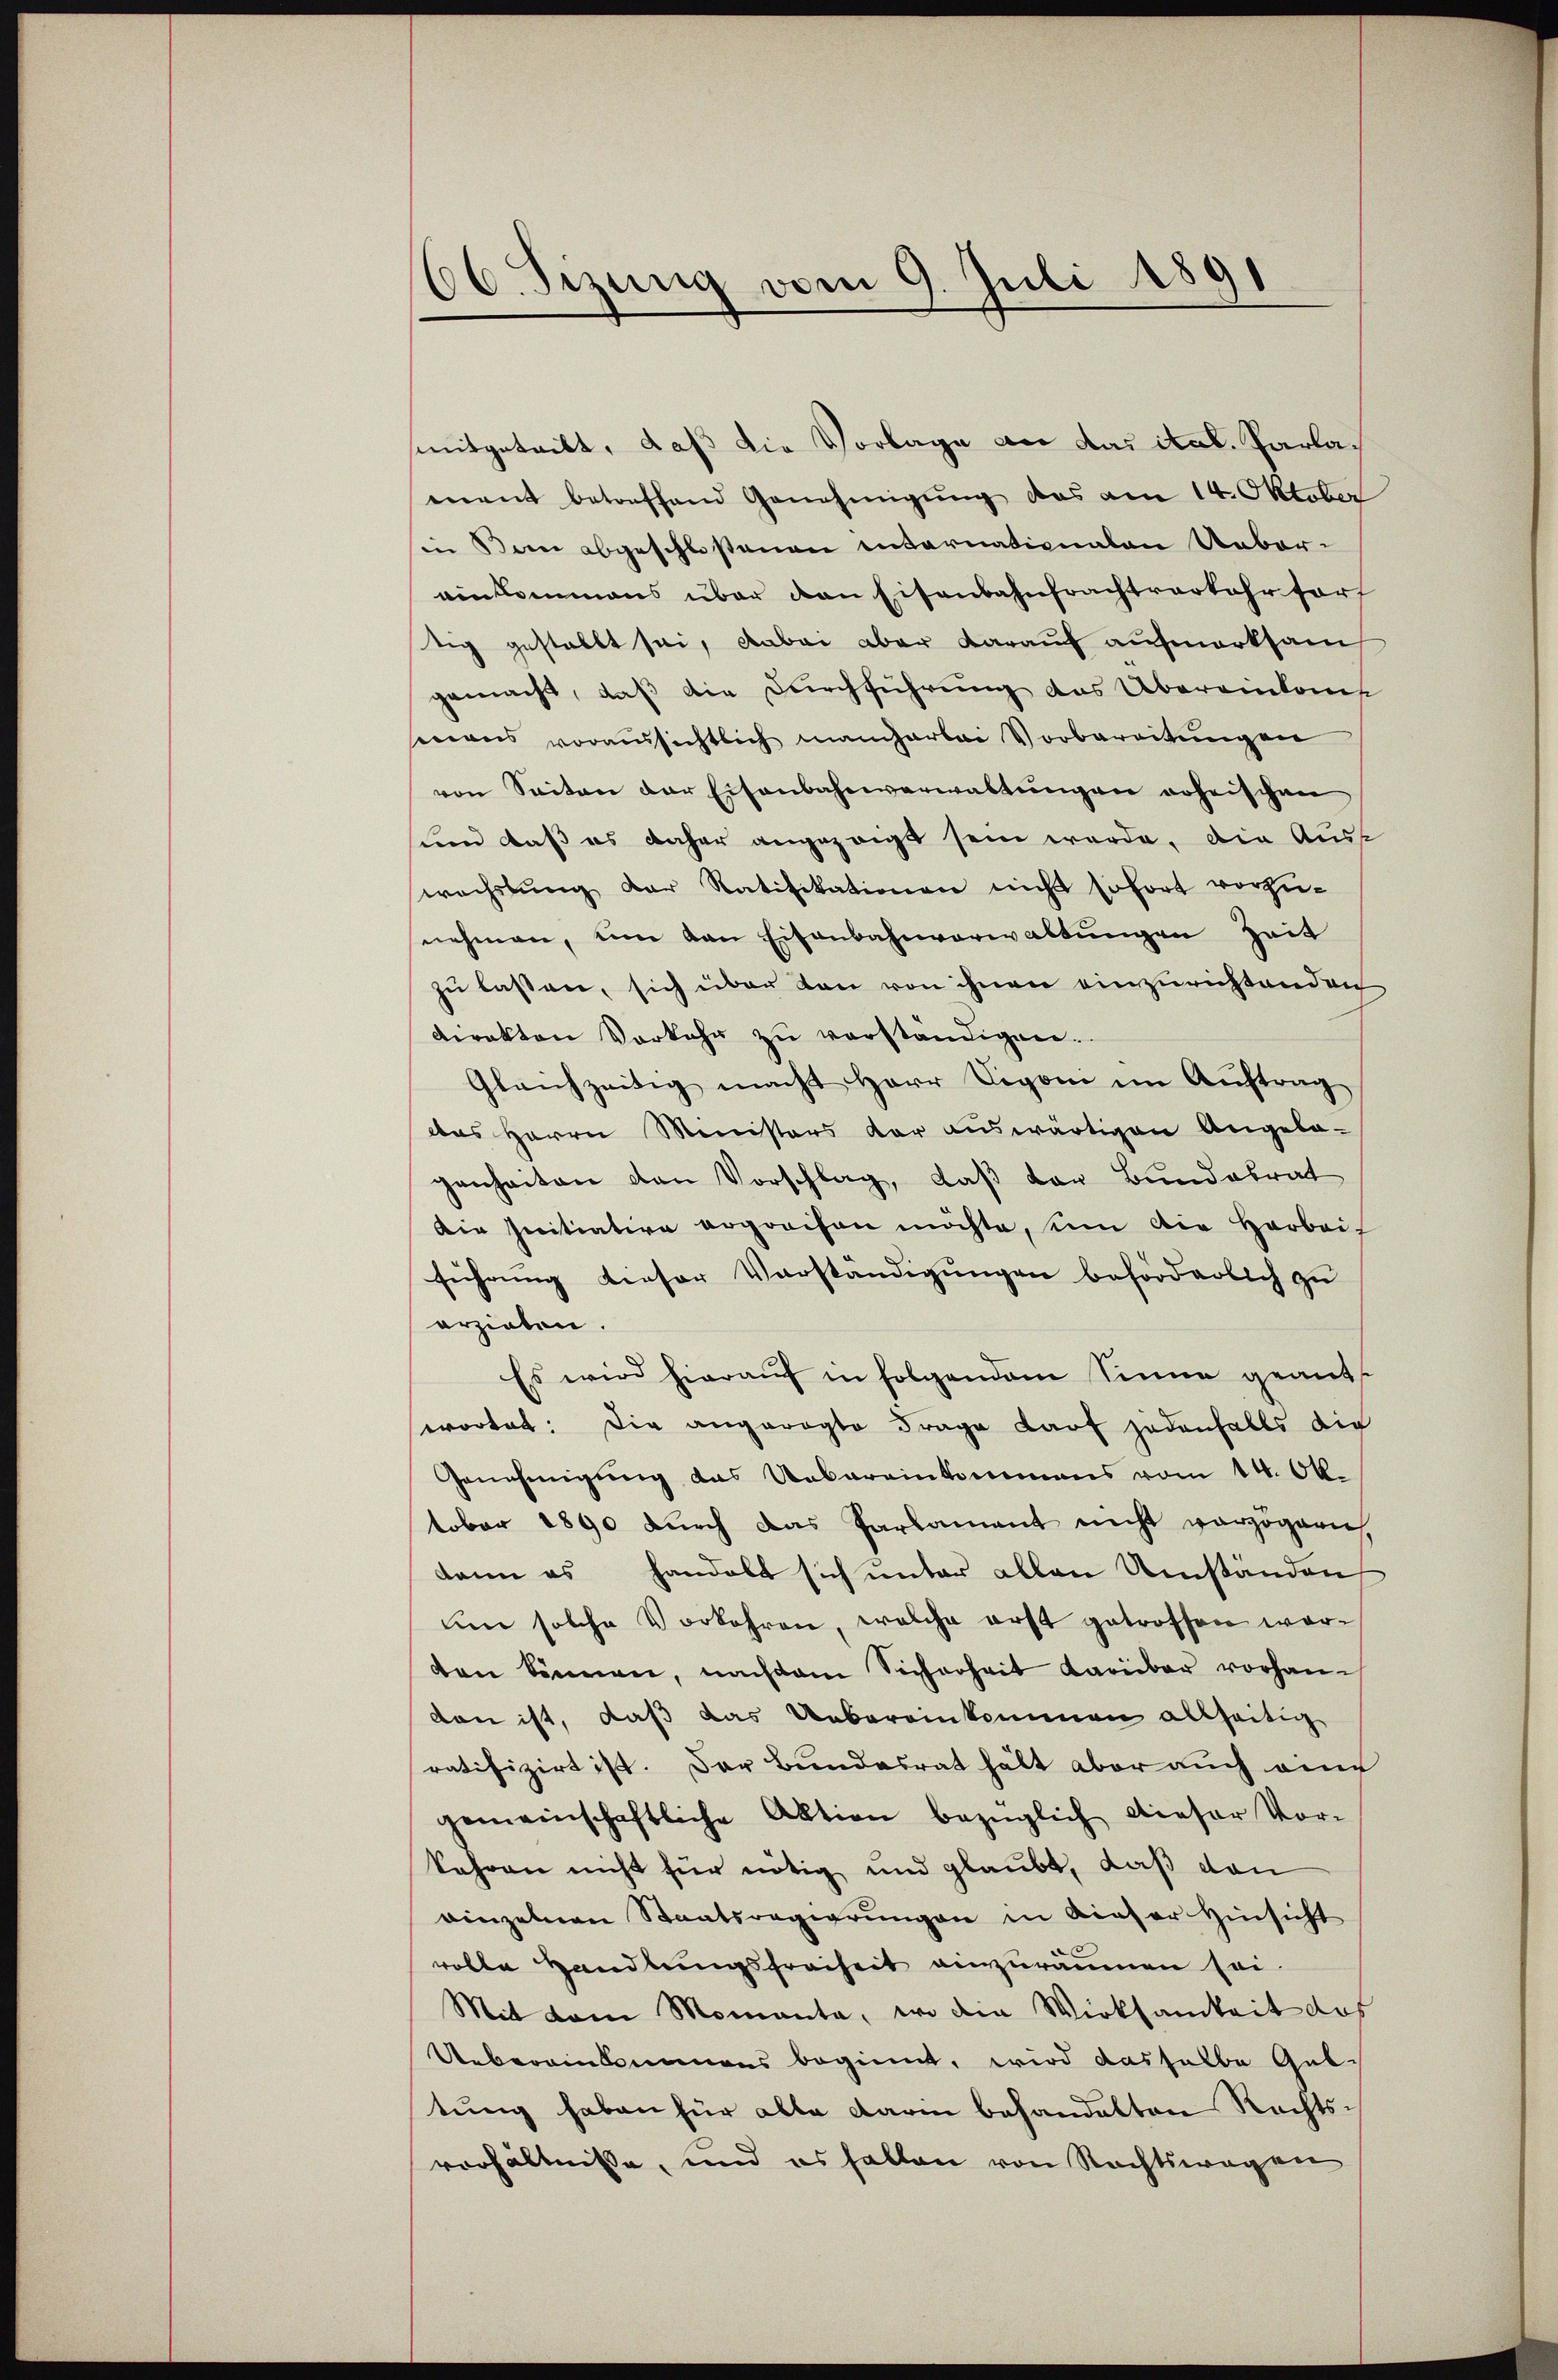
66. Sizung vom 9. Juli 1891

mitgetritt, daß die Vorlage an das ital. Parlament betreffend Genehmigung das am 14. Oktober
in Bern abgeschlostenen entarnationalen Uebereinkommens über den Eisenbahnfrachtverkehr fort
tig gestellt sei, dabei aber darauf aufmerksam
gemacht, daß die Durchführung des Übereinkons
eeans voraussichtlich mancharbei Vorbereitŭngen
von Seiten der Eisenbahnverwaltŭngen erheischen
sund daß es daher angezeigt sein werde, die Auss
wechstŭng der Ratifikationen nicht sofort vorzŭ-
nehmen, um von Eisenbahnverwaltungen Zeit
zu lassen, sich über den von ihnen einzurichtenden
direkten Vorkehr zŭ verständigen.
Gleichzeitig macht Herr Deponi im Auftrag
das Herrn Ministers der auswärtigen Angela-
genheiten den Vorschlag, daß von Bundesrat
Die Initiative ergreifen möchte, in die Harbeit
führŭng dieser Vorständigŭngen beförderlich zu
erziehen.
Es wird hierauf in folgendem Sinne geant
wortet: Die angeregte Frage Kauf jedenfalls die
Genehmigung das Uebereinkommens vom 14. Ok-
tober 1890 durch das Parlament nicht verzögern.
dann es handelt sich unter allen Umständen
um solche Vorkehren, welche erst getroffen worden können, nachdem Sicherheit darüber vorhan-
den ist, daß das Uebereinkommen allseitig
ratifizirt ist. Der Bundesrat hält aber auch eine
gemeinschaftliche Aktion bezüglich dieser Vor-
kehren nicht für nötig und glaubt, daß dann
vinzelnen Staatsregierungen in dieser Hinsicht
rolle Handlungsfreiheit einzuräumen sei.
Mit dem Momenta, wo die Wirksamkeit des
Uebereinkommens beginnt, wird dasselbe Gut-
tŭng haben für alte darin behandelten Rechts-
verhältnisse, und es fallen von Rechtswegen